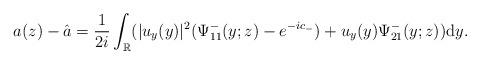
LaTeX: \begin{align*}a(z)-\hat{a}=\frac{1}{2i}\int_{\mathbb{R}}(|u_y(y)|^2(\Psi^-_{11}(y;z)-e^{-ic_-})+u_y(y) \Psi^-_{21}(y;z))\mathrm{d}y.\end{align*}